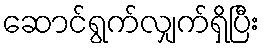
ဆောင်ရွက်လျှက်ရှိပြီး